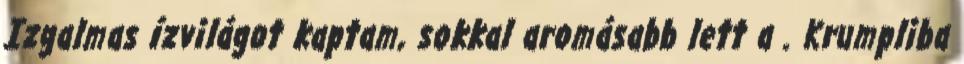
Izgalmas ízvilágot kaptam, sokkal aromásabb lett a . Krumpliba